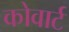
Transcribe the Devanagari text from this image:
कोवार्ट